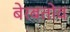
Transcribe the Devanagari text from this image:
बेरबतोव